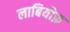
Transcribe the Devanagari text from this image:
लाबियौफ़